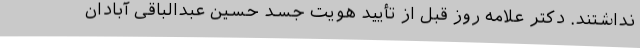
نداشتند. دکتر علامه روز قبل از تأیید هویت جسد حسین عبدالباقی آبادان